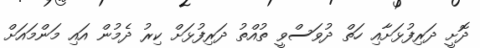
ދޮށީ ދަރިފުޅަށާއި ހަތް ދުވަސްވީ ތުއްތު ދަރިފުޅަށް ކިރު ދެމުން އައި މަންމައަށް